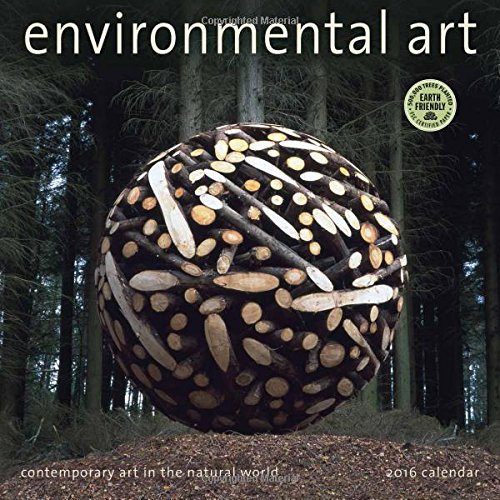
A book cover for Environmental Art 2016 Wall Calendar: Contemporary Art in the Natural World; Amber Lotus Publishing; Calendars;